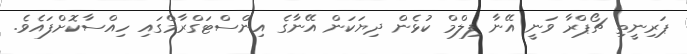
ޕަރިނީތި ޗޯޕްރާ ވަނީ އޭނާ ފިލްމް ކުޅެން ދިޔަކަން އޭނާގެ އިންސްޓަގްރާމްގައި ހިއްސާކޮށްފައެވެ.